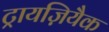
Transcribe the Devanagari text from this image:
ट्रायज़ियैक